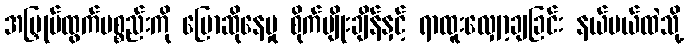
အမြှုပ်ထွက်ပစ္စည်းကို ပြောဆိုနေမှု စိုက်ပျိုးချိန်နှင့် ရာထူးလျှော့ချခြင်း နယ်ပယ်ထဲသို့